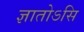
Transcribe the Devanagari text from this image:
ज्ञातोऽसि